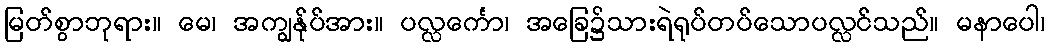
မြတ်စွာဘုရား။ မေ၊ အကျွန်ုပ်အား။ ပလ္လင်္ကော၊ အခြေ၌သားရဲရုပ်တပ်သောပလ္လင်သည်။ မနာပေါ၊